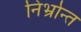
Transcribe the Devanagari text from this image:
निर्भ्रान्त